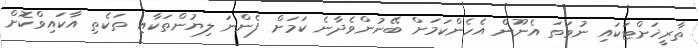
ތާރީޚަށްޓަކައި ނުވަތަ އެނޫން އެހެންކަމަށް ބޭނުންވެދާނެ ކަމަށް ފެންނަ ލިޔުންތަކާއި ތަކެތި އާކައިވްކޮށް